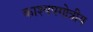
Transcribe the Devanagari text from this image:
काश्यपगोत्रीय